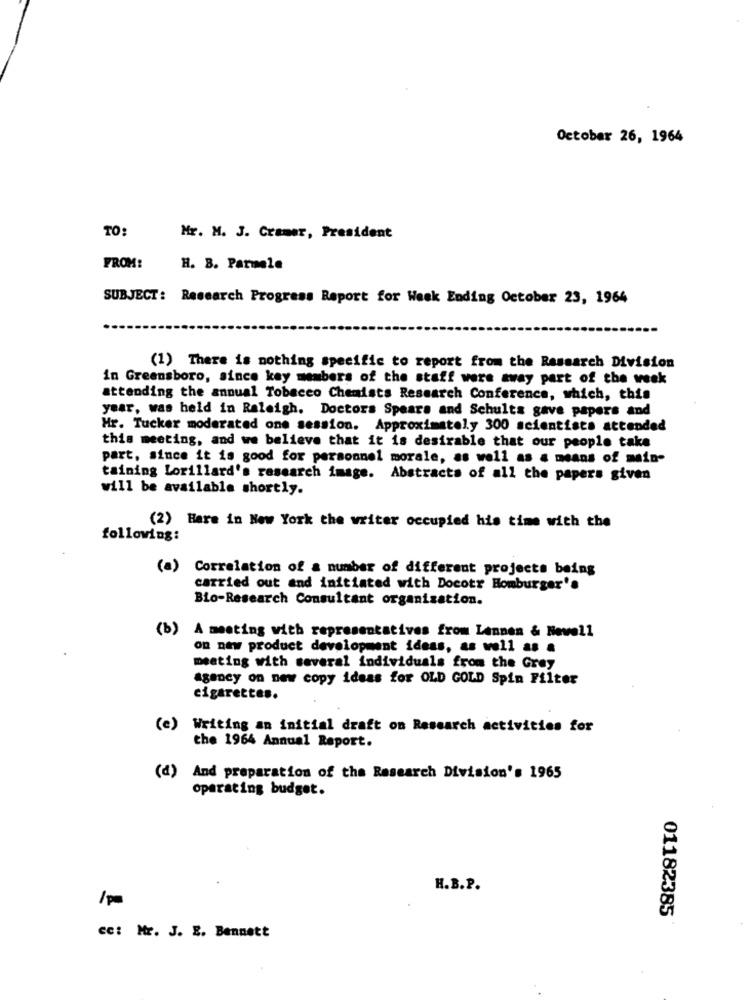
October 26, 1964
TO:
Mr. M. J. Cramer, President
FROM:
H. B. Parmele
SUBJECT: Research Progress Report for Week Ending October 23, 1964
(1) There is nothing specific to report from the Research Division
in Greensboro, since key members of the staff were away part of the week
attending the annual Tobacco Chemists Research Conference, which, this
year, was held in Raleigh. Doctors Spears and Schults gave papers and
Hr. Tucker moderated one session. Approximately 300 scientists attended
this meeting, and we believe that it is desirable that our people take
part, since it is good for personnel morale, as well as a means of main-
taining Lorillard's research image. Abstracts of all the papers given
will be available shortly.
(2) Here in New York the writer occupied his time with the
following:
(a)
Correlation of a number of different projects being
carried out and initiated with Docotr Homburger's
Bio-Research Consultant organisation.
(b)
A meeting with representatives from Lennen & Novell
on new product development ideas, as well as a
meeting with several individuals from the Grey
agency on new copy ideas for OLD GOLD Spin Filter
cigarettes.
(e) Writing an initial draft on Research activities for
the 1964 Annual Report.
(d) And preparation of the Research Division's 1965
operating budget.
H.B.P.
1pm
01182385
cc: Mr. J. E. Bennett